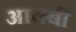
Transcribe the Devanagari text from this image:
आयबी